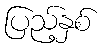
ပြည့်နှစ်